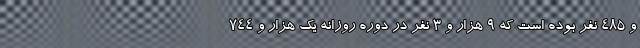
و ۴۸۵ نفر بوده است که ۹ هزار و ۳ نفر در دوره روزانه یک هزار و ۷۴۴